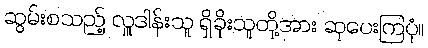
ဆွမ်းစသည့် လှူဒါန်းသူ ရှိခိုးသူတို့အား ဆုပေးကြပုံ။